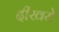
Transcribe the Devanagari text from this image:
दीखये